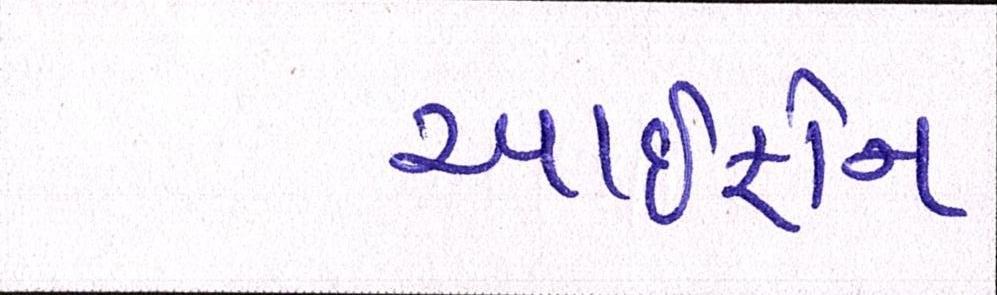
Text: આઇફોન